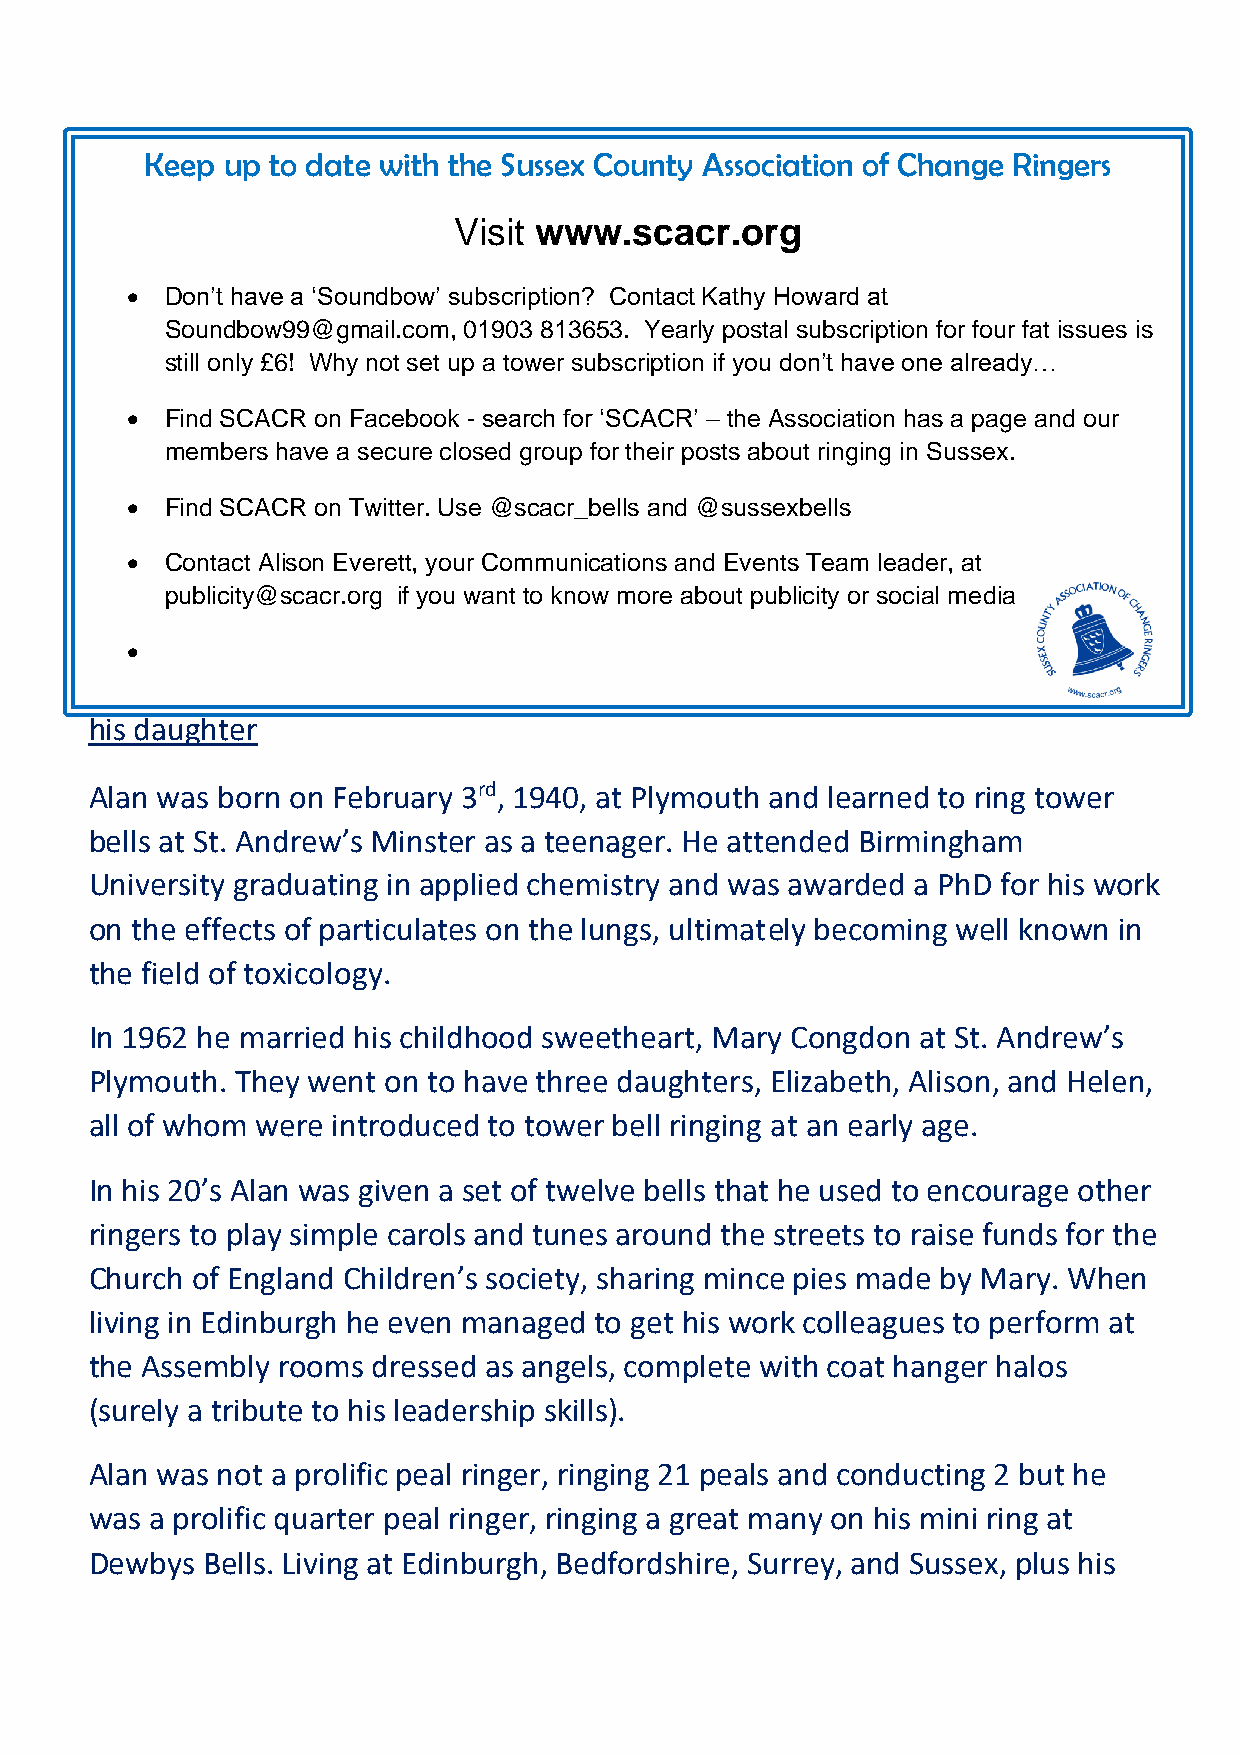
Keep up to date with the Sussex County Association of Change Ringers
 Visit www.scacr.org
 •  Don’t have a ‘Soundbow’ subscription? Contact Kathy Howard at
 Soundbow99@gmail.com, 01903 813653. Yearly postal subscription for four fat issues is
 still only £6! Why not set up a tower subscription if you don’t have one already…
 •  Find SCACR on Facebook - search for ‘SCACR’ – the Association has a page and our
 members have a secure closed group for their posts about ringing in Sussex.
 •  Find SCACR on Twitter. Use @scacr_bells and @sussexbells
 •  Contact Alison Everett, your Communications and Events Team leader, at
 publicity@scacr.org if you want to know more about publicity or social media
 •
 Obituary – Alan James Collings (1940 – 2020) - Kindly provided by
 his daughter
 Alan was born on February 3rd, 1940, at Plymouth and learned to ring tower
 bells at St. Andrew’s Minster as a teenager. He attended Birmingham
 University graduating in applied chemistry and was awarded a PhD for his work
 on the effects of particulates on the lungs, ultimately becoming well known in
 the field of toxicology.
 In 1962 he married his childhood sweetheart, Mary Congdon at St. Andrew’s
 Plymouth. They went on to have three daughters, Elizabeth, Alison, and Helen,
 all of whom were introduced to tower bell ringing at an early age.
 In his 20’s Alan was given a set of twelve bells that he used to encourage other
 ringers to play simple carols and tunes around the streets to raise funds for the
 Church of England Children’s society, sharing mince pies made by Mary. When
 living in Edinburgh he even managed to get his work colleagues to perform at
 the Assembly rooms dressed as angels, complete with coat hanger halos
 (surely a tribute to his leadership skills).
 Alan was not a prolific peal ringer, ringing 21 peals and conducting 2 but he
 was a prolific quarter peal ringer, ringing a great many on his mini ring at
 Dewbys Bells. Living at Edinburgh, Bedfordshire, Surrey, and Sussex, plus his